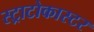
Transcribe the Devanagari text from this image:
स्ट्राटोकास्टर